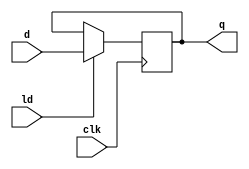
/*
	regCargaParalela.v
	Flip-flop de 4-bits com entrada de ativao ld
*/

module regCargaParalela (d,clk,ld,q);

	input [3:0] d;
	input clk, ld;
	output reg [3:0] q;
	
	initial begin
	
		q = 4'b0000;
	
	end
	
	always @(negedge clk) begin
	
		if (ld == 1'b1) begin
			q = d;
		end
	
	end

endmodule